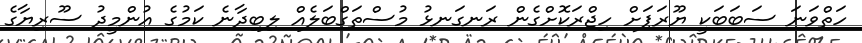
ހަތްވަނަ ސަބަބަކީ ޔޫރަޕަށް ހިޖްރަކޮށްގެން ރަނގަނޅު މުސްތަގްބަލެއް ލިބިދާނެ ކަމުގެ އުންމީދު ސޫރިޔާގެ